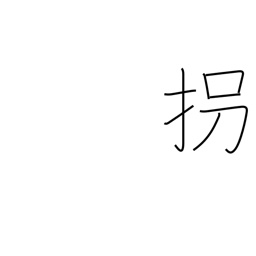
Meaning: kidnap